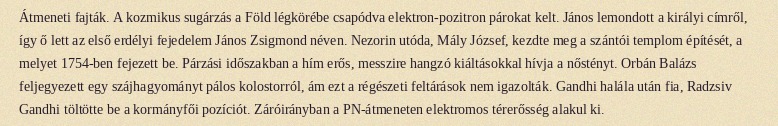
Átmeneti fajták. A kozmikus sugárzás a Föld légkörébe csapódva elektron-pozitron párokat kelt. János lemondott a királyi címről, így ő lett az első erdélyi fejedelem János Zsigmond néven. Nezorin utóda, Mály József, kezdte meg a szántói templom építését, a melyet 1754-ben fejezett be. Párzási időszakban a hím erős, messzire hangzó kiáltásokkal hívja a nőstényt. Orbán Balázs feljegyezett egy szájhagyományt pálos kolostorról, ám ezt a régészeti feltárások nem igazolták. Gandhi halála után fia, Radzsiv Gandhi töltötte be a kormányfői pozíciót. Záróirányban a PN-átmeneten elektromos térerősség alakul ki.